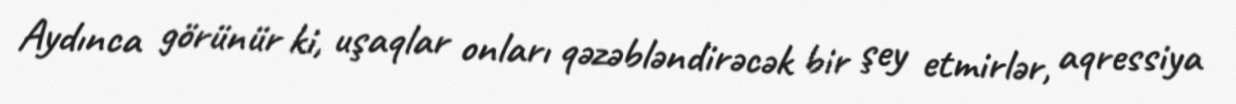
Aydınca görünür ki, uşaqlar onları qəzəbləndirəcək bir şey etmirlər, aqressiya